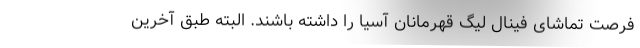
فرصت تماشای فینال لیگ قهرمانان آسیا را داشته باشند. البته طبق آخرین